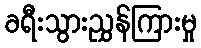
ခရီးသွားညွှန်ကြားမှု